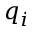
q _ { i }